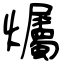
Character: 爥